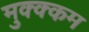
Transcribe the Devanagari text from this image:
मुक्क्कम